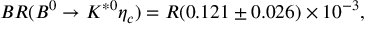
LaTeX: B R ( B ^ { 0 } \rightarrow K ^ { * 0 } \eta _ { c } ) = R ( 0 . 1 2 1 \pm 0 . 0 2 6 ) \times 1 0 ^ { - 3 } ,